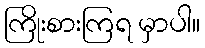
ကြိုးစားကြရ မှာပါ။